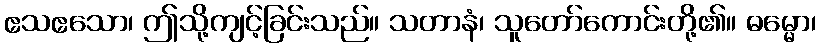
ဧသဧသော၊ ဤသို့ကျင့်ခြင်းသည်။ သတာနံ၊ သူတော်ကောင်းတို့၏။ ဓမ္မော၊